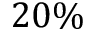
2 0 \%